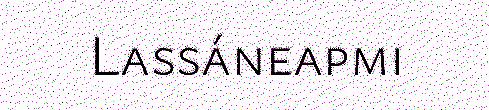
Lassáneapmi